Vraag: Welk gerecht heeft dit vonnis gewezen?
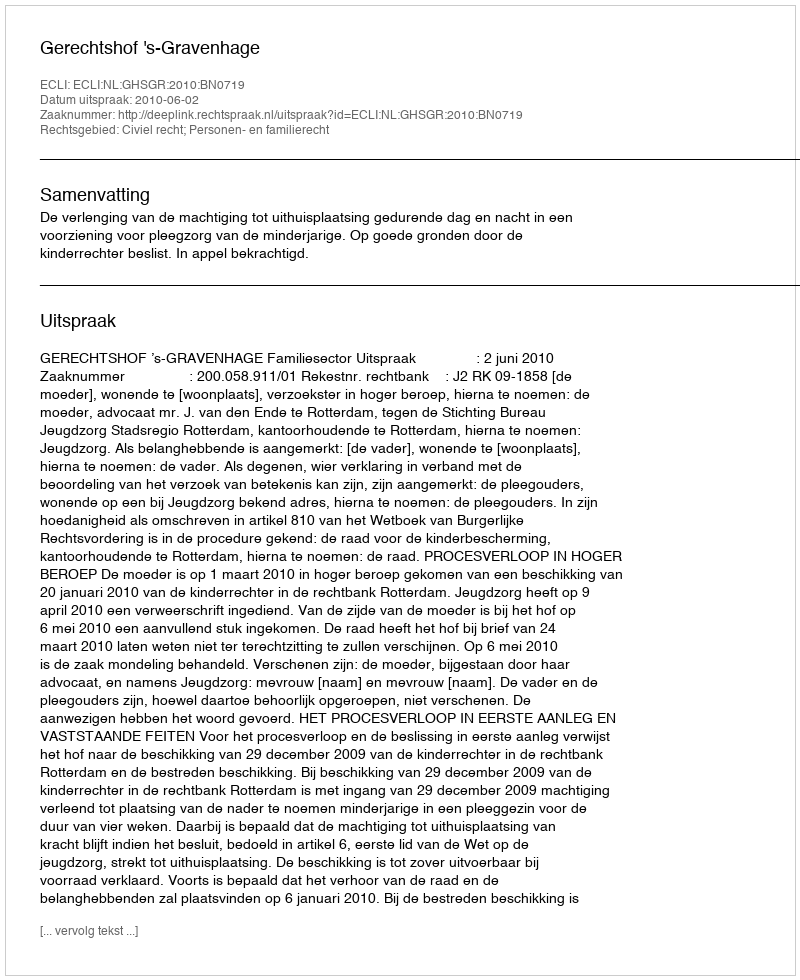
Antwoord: Gerechtshof 's-Gravenhage